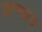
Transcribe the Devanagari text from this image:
कन्याच